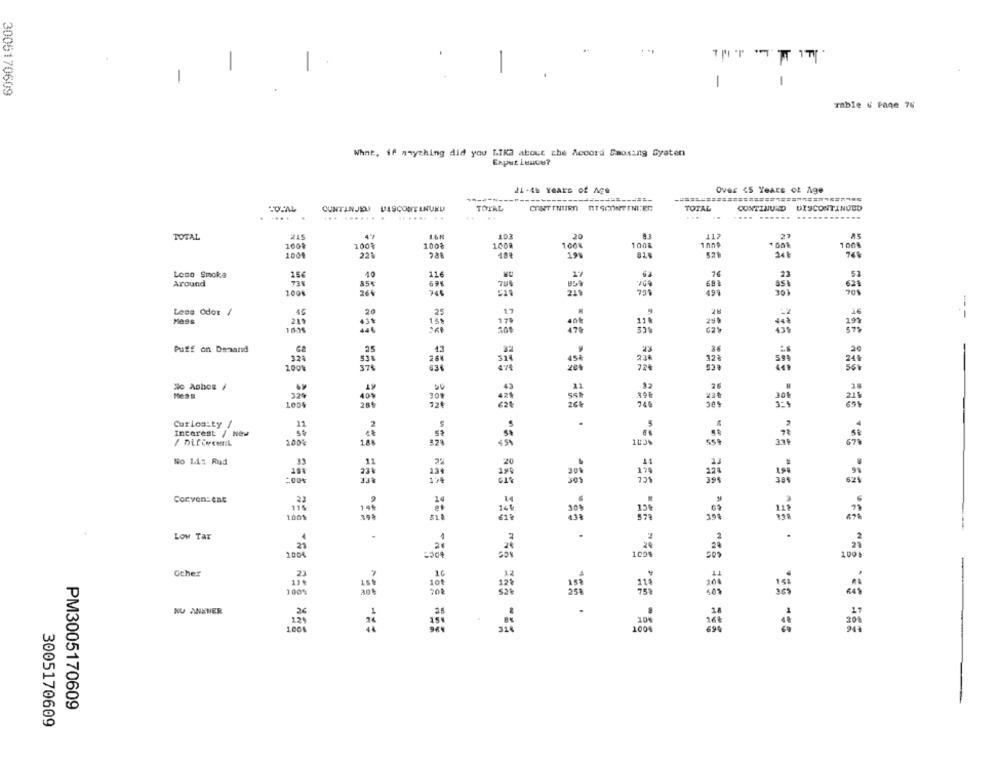
-
TRITT 17
-
1
-
3005170609
Table & faqe 76
What, if anything did you LIKE about che Accord Smosing Gyaten
Expur Lescu?
21-45 Years of AGG
Over <5 Years of Age
----
DISCONTINUED
CUNTANJEL WASCONTENUKU
TOTAL
CONTINUIEn RITSCONTINI;EN
TOTAL
CONTINUED
...
... ...... .
...... ..
... ...... ......
ECT
TOTAL
215
20
417
2
100
100%
1001
1001
224
19%
Loso Smoka
156
10
Around
731
85%
100%
26%
70%
Less Odor /
45
20
17
28
--
.25
219
170
Puff on Demand
320
1009
No Aobes /
Mess
1005
Curiosity /
11
Interest / Ne
/ DLLCecen:L
200%
No Lis Rud
:00%
Corvon:ent
100%
Low Tar
100
Other
1005
NU ANEVER
1008
PM3005170609
3005170609